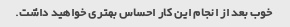
خوب بعد از انجام این کار احساس بهتری خواهید داشت.